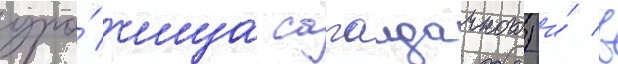
уро́чища сагаидачного) и́ в